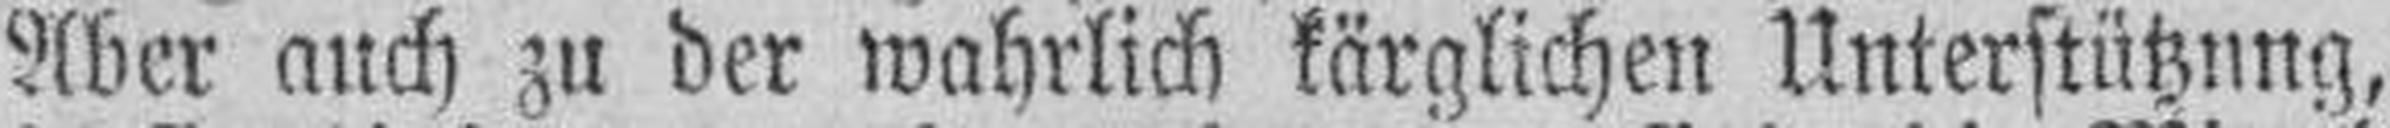
Aber auch zu der wahrlich kärglichen Unterstützung,